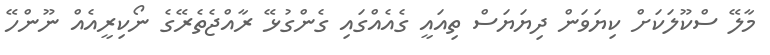
މާލޭ ސްކޫލަކަށް ކިޔަވަން ދިޔަޔަސް ތިއައީ ގެއެއްގައި ގެންގުޅޭ ރާއްޖެތެރޭގެ ނޯކިރީއެއް ނޫންހޭ